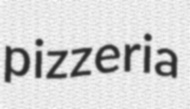
pizzeria